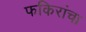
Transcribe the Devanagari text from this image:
फकिरांचा